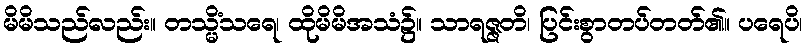
မိမိသည်လည်း။ တသ္မိံသရေ၊ ထိုမိမိအသံ၌။ သာရဇ္ဇတိ၊ ပြင်းစွာတပ်တတ်၏။ ပရေပိ၊